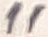
Text: 11